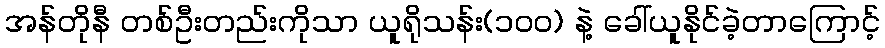
အန်တိုနီ တစ်ဦးတည်းကိုသာ ယူရိုသန်း(၁၀၀) နဲ့ ခေါ်ယူနိုင်ခဲ့တာကြောင့်